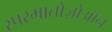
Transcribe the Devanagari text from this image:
स्परमातोज़ोऑन